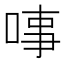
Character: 𠶝